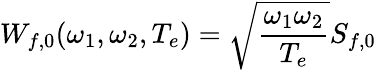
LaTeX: W_{f,0}(\omega_{1},\omega_{2},T_{e})=\sqrt{\frac{\omega_{1}\omega_{2}}{T_{e}}}S_{f,0}